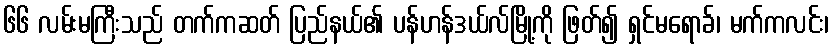
၆၆ လမ်းမကြီးသည် တက်ကဆတ် ပြည်နယ်၏ ပန်ဟန်ဒယ်လ်မြို့ကို ဖြတ်၍ ရှင်မရောခ်၊ မက်ကလင်း၊